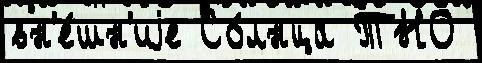
вн'е́шн'иjе Со́лнца ТНО